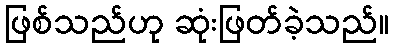
ဖြစ်သည်ဟု ဆုံးဖြတ်ခဲ့သည်။